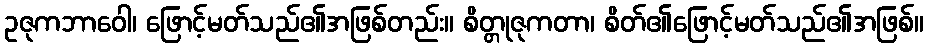
ဥဇုကဘာဝေါ၊ ဖြောင့်မတ်သည်၏အဖြစ်တည်း။ စိတ္တုဇုကတာ၊ စိတ်၏ဖြောင့်မတ်သည်၏အဖြစ်။